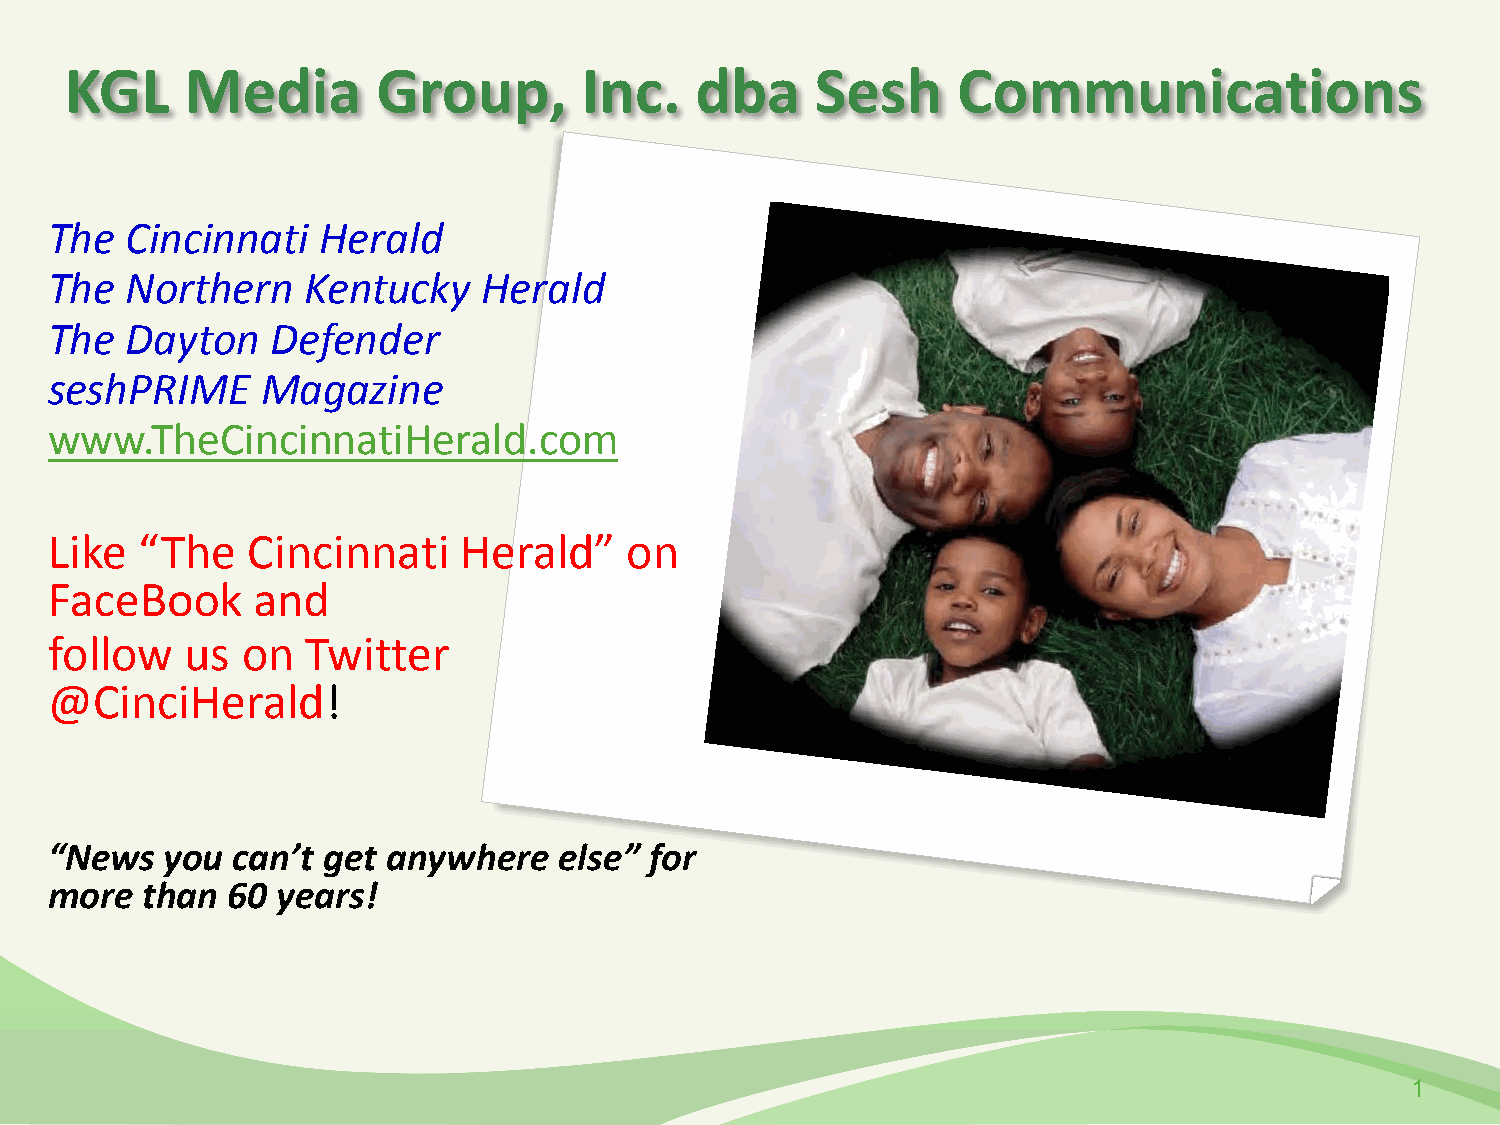
KGL     Media        Group,       Inc.    dba     Sesh     Communications
 The  Cincinnati   Herald
 The  Northern    Kentucky    Herald
 The  Dayton    Defender
 seshPRIME     Magazine
 www.TheCincinnatiHerald.com
 Like  “The   Cincinnati    Herald”    on
 FaceBook      and
 follow   us  on  Twitter
 @CinciHerald!
 “News   you can’t get  anywhere   else” for
 more  than  60 years!
 1